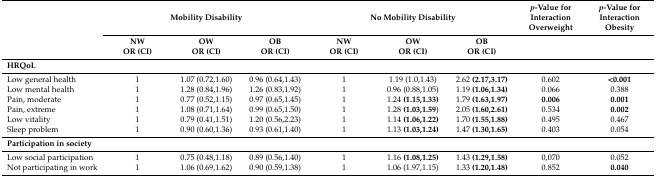
<table><thead><tr><td>[EMPTY_CELL]</td><td colspan="3"><b>Mobility Disability</b></td><td colspan="3"><b>No Mobility Disability</b></td><td><b><i>p</i>-Value for Interaction Overweight</b></td><td><b><i>p</i>-Value for Interaction Obesity</b></td></tr><tr><td>[EMPTY_CELL]</td><td><b>NW</b></td><td><b>OW</b></td><td><b>OB</b></td><td><b>NW</b></td><td><b>OW</b></td><td><b>OB</b></td><td>[EMPTY_CELL]</td><td>[EMPTY_CELL]</td></tr><tr><td>[EMPTY_CELL]</td><td><b>OR (CI)</b></td><td><b>OR (CI)</b></td><td><b>OR (CI)</b></td><td><b>OR (CI)</b></td><td><b>OR (CI)</b></td><td><b>OR (CI)</b></td><td>[EMPTY_CELL]</td><td>[EMPTY_CELL]</td></tr></thead><tbody><tr><td colspan="9"><b>HRQoL</b></td></tr><tr><td>Low general health</td><td>1</td><td>1.07 (0.72,1.60)</td><td>0.96 (0.64,1.43)</td><td>1</td><td>1.19 (1.0,1.43)</td><td>2.62 <b>(2.17,3.17)</b></td><td>0.602</td><td><b>&lt;0.001</b></td></tr><tr><td>Low mental health</td><td>1</td><td>1.28 (0.84,1.96)</td><td>1.26 (0.83,1.92)</td><td>1</td><td>0.96 (0.88,1.05)</td><td>1.19 <b>(1.06,1.34)</b></td><td>0.066</td><td>0.388</td></tr><tr><td>Pain, moderate</td><td>1</td><td>0.77 (0.52,1.15)</td><td>0.97 (0.65,1.45)</td><td>1</td><td>1.24 <b>(1.15,1.33)</b></td><td>1.79 <b>(1.63,1.97)</b></td><td><b>0.006</b></td><td><b>0.001</b></td></tr><tr><td>Pain, extreme</td><td>1</td><td>1.08 (0.71,1.64)</td><td>0.99 (0.65,1.50)</td><td>1</td><td>1.28 <b>(1.03,1.59</b>)</td><td>2.05 <b>(1.60,2.61)</b></td><td>0.534</td><td><b>0.002</b></td></tr><tr><td>Low vitality</td><td>1</td><td>0.79 (0.41,1.51)</td><td>1.20 (0.56,2.23)</td><td>1</td><td>1.14 <b>(1.06,1.22)</b></td><td>1.70 <b>(1.55,1.88)</b></td><td>0.495</td><td>0.467</td></tr><tr><td>Sleep problem</td><td>1</td><td>0.90 (0.60,1.36)</td><td>0.93 (0.61,1.40)</td><td>1</td><td>1.13 <b>(1.03,1.24)</b></td><td>1.47 <b>(1.30,1.65)</b></td><td>0.403</td><td>0.054</td></tr><tr><td colspan="9"><b>Participation in society</b></td></tr><tr><td>Low social participation </td><td>1</td><td>0.75 (0.48,1.18)</td><td>0.89 (0.56,1.40)</td><td>1</td><td>1.16 <b>(1.08,1.25)</b></td><td>1.43 <b>(1.29,1.58)</b></td><td>0,070</td><td>0.052</td></tr><tr><td>Not participating in work </td><td>1</td><td>1.06 (0.69,1.62)</td><td>0.90 (0.59,1.38)</td><td>1</td><td>1.06 (1.97,1.15)</td><td>1.33 <b>(1.20,1.48)</b></td><td>0.852</td><td><b>0.040</b></td></tr></tbody></table>